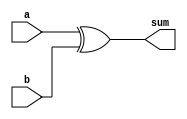
`timescale 1ns / 1ps
//////////////////////////////////////////////////////////////////////////////////
// Company: UT
// 
// Design Name: 
// Module Name: GF_PolyAdd
// Project Name: 
// Target Devices: 
// Tool Versions: 
// Description: Galois Field Polynomial Addition.
// 
// Dependencies: 
// 
// Revision:
// Revision 0.01 - File Created
// Additional Comments:
// 
//////////////////////////////////////////////////////////////////////////////////


module GF_PolyAdd #(parameter SIZE=20)(
    input [0:SIZE-1] a, // Lowest degree term should be at least-significant bits for a and b
    input [0:SIZE-1] b,
    output [0:SIZE-1] sum
    );
    
    assign sum = a ^ b;
    
endmodule